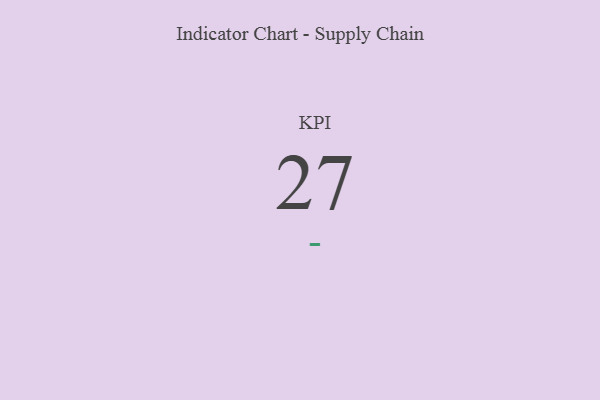
{"axis": {"x": "KPI", "y": "Value"}, "legend": [""], "data": [{"x": "KPI", "y": 27, "type": ""}]}